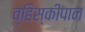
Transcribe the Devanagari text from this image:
व्हिस्कीपान